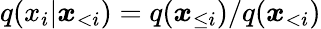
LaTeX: q(x_{i}|\boldsymbol{x}_{<i})=q(\boldsymbol{x}_{\le i})/q(\boldsymbol{x}_{<i})